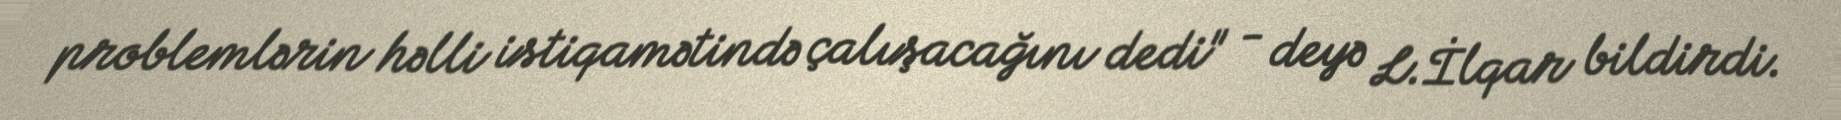
problemlərin həlli istiqamətində çalışacağını dedi" - deyə L.İlqar bildirdi.